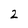
Character: 2